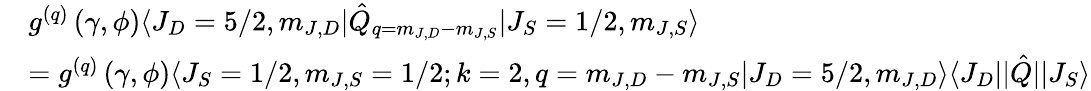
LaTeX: \begin{array}{rl}&{g^{(q)}\left(\gamma,\phi\right)\langle J_{D}=5/2,m_{J,D}\rvert\hat{Q}_{q=m_{J,D}-m_{J,S}}\lvert J_{S}=1/2,m_{J,S}\rangle}\\ &{=g^{(q)}\left(\gamma,\phi\right)\langle J_{S}=1/2,m_{J,S}=1/2;k=2,q=m_{J,D}-m_{J,S}\lvert J_{D}=5/2,m_{J,D}\rangle\langle J_{D}\lvert\rvert\hat{Q}\rvert\lvert J_{S}\rangle}\end{array}